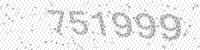
Solution: 751999